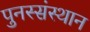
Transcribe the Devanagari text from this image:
पुनस्संस्थान